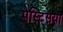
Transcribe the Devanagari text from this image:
पेस्टिसया